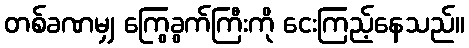
တစ်ခဏမျှ ကြွေခွက်ကြီးကို ငေးကြည့်နေသည်။